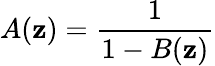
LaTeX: A(\mathbf{z})={\frac{{1}}{{1-B(\mathbf{z})}}}